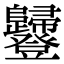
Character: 𧰥